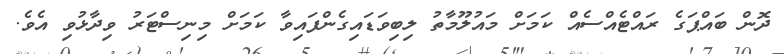
ދޮން ބައްޕަގެ ރައްޓެއްސެއް ކަމަށް މައުލޫމާތު ލިބިވަޑައިގެންފައިވާ ކަމަށް މިނިސްޓަރު ވިދާޅުވި އެވެ.